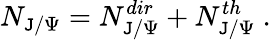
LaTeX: N_{\mathtt{J}/\Psi}=N_{\mathtt{J}/\Psi}^{dir}+N_{\mathtt{J}/\Psi}^{th}\ .